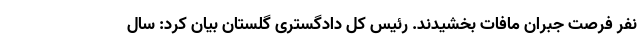
نفر فرصت جبران مافات بخشیدند. رئیس کل دادگستری گلستان بیان کرد: سال